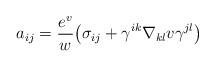
LaTeX: \begin{align*}a_{ij}=\frac{e^v}{w}\big(\sigma_{ij}+\gamma^{ik}\nabla_{kl}v\gamma^{jl}\big)\end{align*}